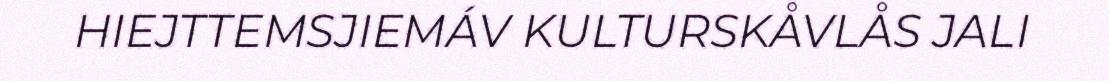
HIEJTTEMSJIEMÁV KULTURSKÅVLÅS JALI